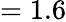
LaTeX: =1.6